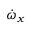
\dot { \omega } _ { x }